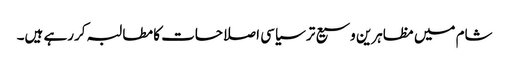
شام میں مظاہرین وسیع تر سیاسی اصلاحات کا مطالبہ کررہے ہیں۔